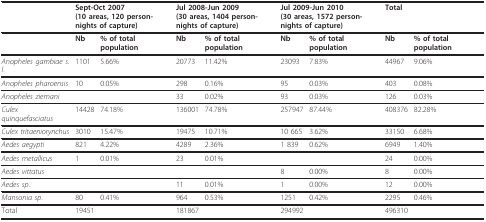
|  | <COLSPAN=2> Sept-Oct 2007(10 areas, 120 person-nights of capture) | <COLSPAN=2> Jul 2008-Jun 2009(30 areas, 1404 person-nights of capture) | <COLSPAN=2> Jul 2009-Jun 2010(30 areas, 1572 person-nights of capture) | <COLSPAN=2> Total |
 | --- | --- | --- | --- | --- | --- | --- | --- | --- |
 |  | Nb | % of total population | Nb | % of total population | Nb | % of total population | Nb | % of total population |
 | Anopheles gambiae s.l. | 1101 | 5.66% | 20773 | 11.42% | 23093 | 7.83% | 44967 | 9.06% |
 | Anopheles pharoensis | 10 | 0.05% | 298 | 0.16% | 95 | 0.03% | 403 | 0.08% |
 | Anopheles ziemani |  |  | 33 | 0.02% | 93 | 0.03% | 126 | 0.03% |
 | Culex quinquefasciatus | 14428 | 74.18% | 136001 | 74.78% | 257947 | 87.44% | 408376 | 82.28% |
 | Culex tritaeniorynchus | 3010 | 15.47% | 19475 | 10.71% | 10 665 | 3.62% | 33150 | 6.68% |
 | Aedes aegypti | 821 | 4.22% | 4289 | 2.36% | 1 839 | 0.62% | 6949 | 1.40% |
 | Aedes metallicus | 1 | 0.01% | 23 | 0.01% |  |  | 24 | 0.00% |
 | Aedes vittatus |  |  |  |  | 8 | 0.00% | 8 | 0.00% |
 | Aedes sp. |  |  | 11 | 0.01% | 1 | 0.00% | 12 | 0.00% |
 | Mansonia sp. | 80 | 0.41% | 964 | 0.53% | 1251 | 0.42% | 2295 | 0.46% |
 | Total | 19451 |  | 181867 |  | 294992 |  | 496310 |  |